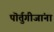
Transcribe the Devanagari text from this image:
पॊर्तुगीजांना